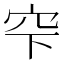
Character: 𥤲